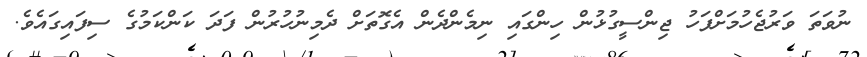
ނުވަތަ ވަރުޖެހުމަށްފަހު ޖިންސީގުޅުން ހިންގައި ނިމެންދެން އެގޮތަށް ދެމިނުހުރުން ފަދަ ކަންކަމުގެ ސިފައިގައެވެ.